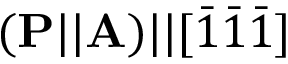
( \mathbf { P } | | \mathbf { A } ) | | [ \bar { 1 } \bar { 1 } \bar { 1 } ]